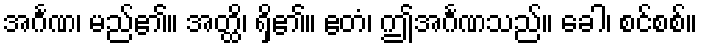
အင်္ဂဏ၊ မည်၏။ အတ္ထိ၊ ရှိ၏။ ဧတံ၊ ဤအင်္ဂဏသည်။ ခေါ၊ စင်စစ်။